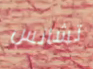
تشانس